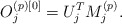
\begin{align*}O_j^{(p)[0]} = U_j^T M_j^{(p)}.\end{align*}